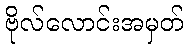
ဗိုလ်လောင်းအမှတ်